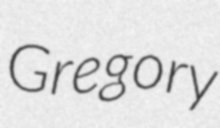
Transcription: Gregory